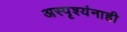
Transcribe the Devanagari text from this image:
अस्पृश्यंनाही